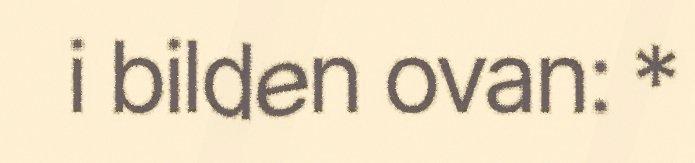
i bilden ovan: *